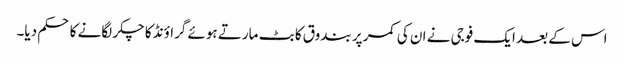
اس کے بعد ایک فوجی نے ان کی کمر پر بندوق کا بٹ مارتے ہوئے گراؤنڈ کا چکر لگانے کا حکم دیا۔